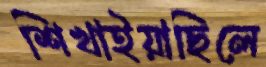
শিখাইয়াছিলে